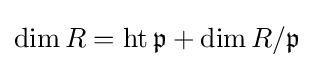
\operatorname {dim} R=\operatorname {ht} {\mathfrak {p}}+\operatorname {dim} R/{\mathfrak {p}}